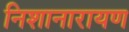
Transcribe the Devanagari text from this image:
निशानारायण